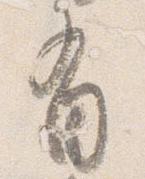
有